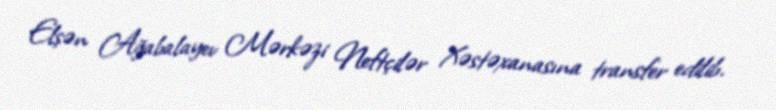
Elşən Ağabalayev Mərkəzi Neftçilər Xəstəxanasına transfer edilib.